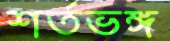
শর্তভঙ্গ